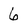
Character: 6